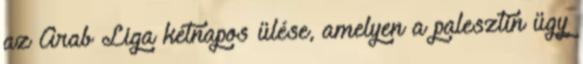
az Arab Liga kétnapos ülése, amelyen a palesztin ügy